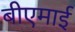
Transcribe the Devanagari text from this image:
बीएमाई